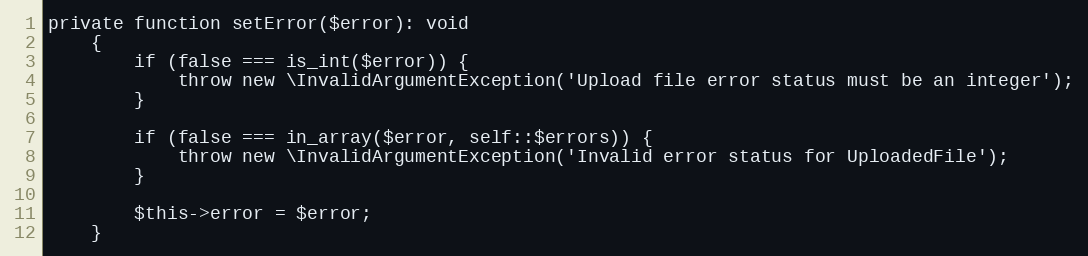
Language: PHP
private function setError($error): void
    {
        if (false === is_int($error)) {
            throw new \InvalidArgumentException('Upload file error status must be an integer');
        }

        if (false === in_array($error, self::$errors)) {
            throw new \InvalidArgumentException('Invalid error status for UploadedFile');
        }

        $this->error = $error;
    }